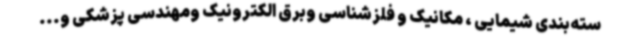
سته‌بندی شیمایی ، مکانیک و فلزشناسی وبرق الکترونیک ومهندسی پزشکی و...